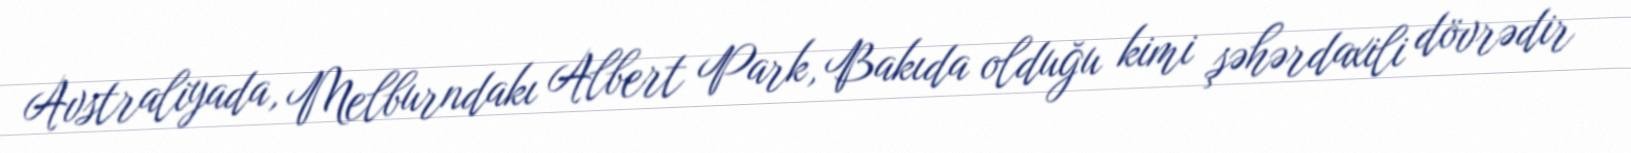
Avstraliyada, Melburndakı Albert Park, Bakıda olduğu kimi şəhərdaxili dövrədir